Scottish Leaving Certificate Examination, 1961
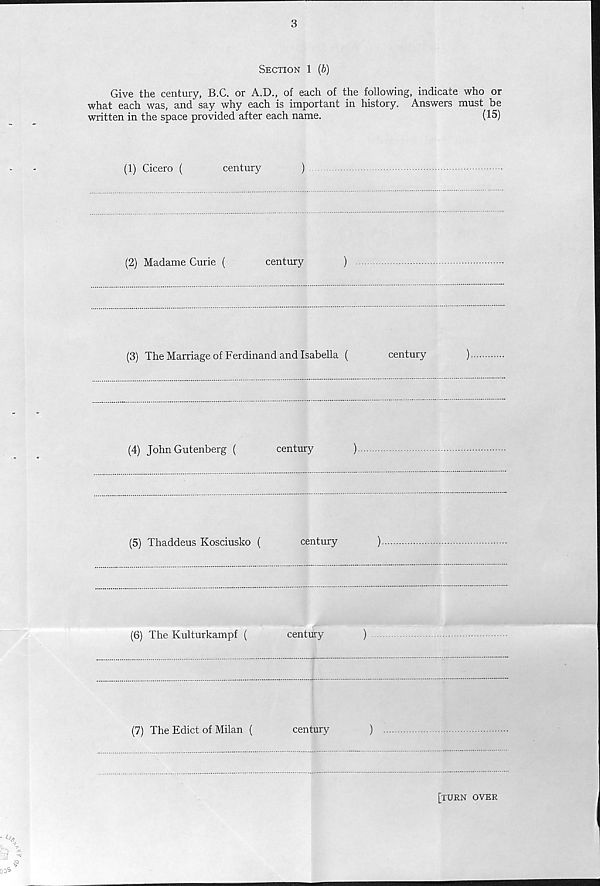
3
Section 1 (b)
Give the century, B.C. or A.D., of each of the following, indicate who or
what each was, and say why each is important in history. Answers must be
written in the space provided after each name.
(15)
(1) Cicero (
century
)
(2) Madame Curie (
century
)
(3) The Marriage of Ferdinand and Isabella (
century
)
(4) John Gutenberg (
century
)
(5) Thaddeus Kosciusko (
century
)
(6) The Kulturkampf (
century
)
(7) The Edict of Milan (
century
)
[turn over
G,
00*